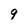
Character: 9